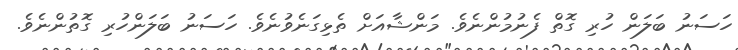
ހަސަނު ބަލަން ހުރި ގޮތް ފެނުމުންނެވެ. މަންޝާއަށް ތެޅިގަނެވުނެވެ. ހަސަނު ބަލަންހުރި ގޮތުންނެވެ.